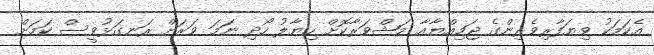
އެކަމަކު ވިޔަފާރިވެރިންގެ ޖަމިއްޔާއާ މަޝްވަރާކޮށް ހިޔާލު ހޯދި ނަމަ ވަރަށް ރަނގަޅުވީސް ކަމަށް